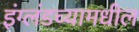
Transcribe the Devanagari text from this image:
इंग्लंडच्यामधील